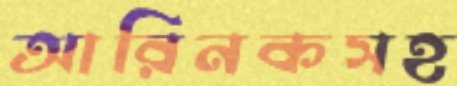
আরিনকসহ